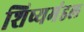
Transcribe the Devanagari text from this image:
शिष्यमंडल